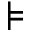
\models